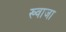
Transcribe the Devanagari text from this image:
ख्‍वाजा